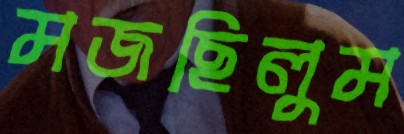
মজছিলুম